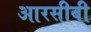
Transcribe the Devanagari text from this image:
आरसीबी